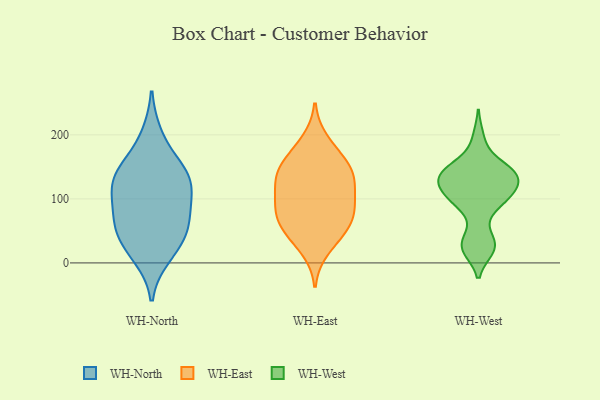
{"axis": {"x": "Waste Production (Tons)", "y": "Value"}, "legend": ["WH-East", "WH-North", "WH-West"], "data": [{"x": "", "y": 198, "type": "WH-North"}, {"x": "", "y": 103, "type": "WH-North"}, {"x": "", "y": 142, "type": "WH-North"}, {"x": "", "y": 129, "type": "WH-North"}, {"x": "", "y": 24, "type": "WH-North"}, {"x": "", "y": 49, "type": "WH-North"}, {"x": "", "y": 69, "type": "WH-North"}, {"x": "", "y": 134, "type": "WH-North"}, {"x": "", "y": 11, "type": "WH-North"}, {"x": "", "y": 72, "type": "WH-North"}, {"x": "", "y": 109, "type": "WH-North"}, {"x": "", "y": 148, "type": "WH-North"}, {"x": "", "y": 49, "type": "WH-North"}, {"x": "", "y": 191, "type": "WH-East"}, {"x": "", "y": 48, "type": "WH-East"}, {"x": "", "y": 73, "type": "WH-East"}, {"x": "", "y": 21, "type": "WH-East"}, {"x": "", "y": 145, "type": "WH-East"}, {"x": "", "y": 131, "type": "WH-East"}, {"x": "", "y": 56, "type": "WH-East"}, {"x": "", "y": 118, "type": "WH-East"}, {"x": "", "y": 83, "type": "WH-East"}, {"x": "", "y": 97, "type": "WH-East"}, {"x": "", "y": 142, "type": "WH-East"}, {"x": "", "y": 98, "type": "WH-East"}, {"x": "", "y": 134, "type": "WH-East"}, {"x": "", "y": 78, "type": "WH-East"}, {"x": "", "y": 155, "type": "WH-East"}, {"x": "", "y": 172, "type": "WH-East"}, {"x": "", "y": 48, "type": "WH-East"}, {"x": "", "y": 111, "type": "WH-West"}, {"x": "", "y": 41, "type": "WH-West"}, {"x": "", "y": 22, "type": "WH-West"}, {"x": "", "y": 127, "type": "WH-West"}, {"x": "", "y": 195, "type": "WH-West"}, {"x": "", "y": 150, "type": "WH-West"}, {"x": "", "y": 93, "type": "WH-West"}, {"x": "", "y": 96, "type": "WH-West"}, {"x": "", "y": 21, "type": "WH-West"}, {"x": "", "y": 92, "type": "WH-West"}, {"x": "", "y": 128, "type": "WH-West"}, {"x": "", "y": 135, "type": "WH-West"}, {"x": "", "y": 150, "type": "WH-West"}, {"x": "", "y": 142, "type": "WH-West"}, {"x": "", "y": 125, "type": "WH-West"}, {"x": "", "y": 111, "type": "WH-West"}, {"x": "", "y": 27, "type": "WH-West"}, {"x": "", "y": 145, "type": "WH-West"}]}